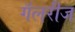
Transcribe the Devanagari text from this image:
गॅलरीज